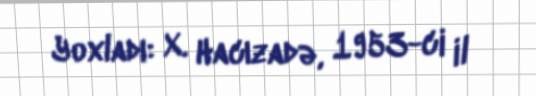
Yoxladı: X. Hacızadə, 1953-ci il